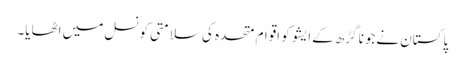
پاکستان نےجونا گڑھ کےایشو کو اقوام متحدہ کی سلامتی کونسل میں اٹھایا۔